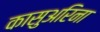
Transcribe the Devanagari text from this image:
कासुअरिना